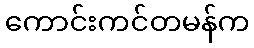
ကောင်းကင်တမန်က